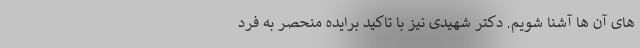
های آن ها آشنا شویم. دکتر شهیدی نیز با تاکید برایده منحصر به فرد